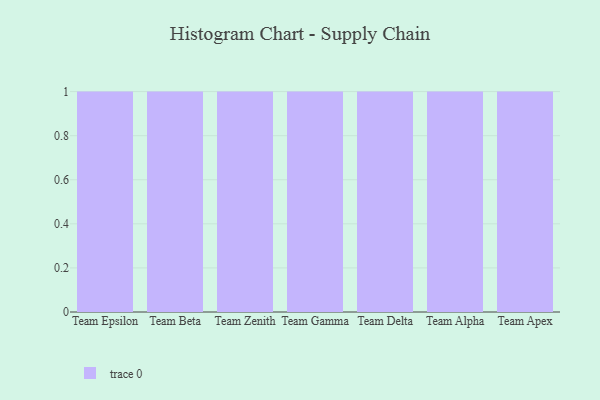
{"axis": {"x": "Team", "y": "Budget (USD K)"}, "legend": [""], "data": [{"x": "Team Epsilon", "y": 29, "type": ""}, {"x": "Team Beta", "y": 28, "type": ""}, {"x": "Team Zenith", "y": 4, "type": ""}, {"x": "Team Gamma", "y": 75, "type": ""}, {"x": "Team Delta", "y": 84, "type": ""}, {"x": "Team Alpha", "y": 55, "type": ""}, {"x": "Team Apex", "y": 76, "type": ""}]}